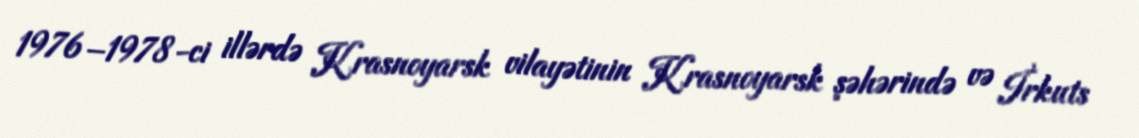
1976–1978-ci illərdə Krasnoyarsk vilayətinin Krasnoyarsk şəhərində və İrkuts